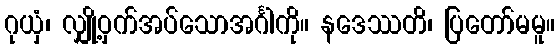
ဂုယှံ၊ လျှို့ဝှက်အပ်သောအင်္ဂါကို။ နဒေဿတိ၊ ပြတော်မမူ။